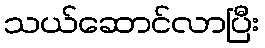
သယ်ဆောင်လာပြီး